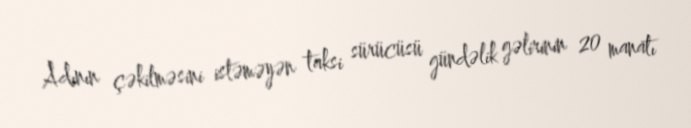
Adının çəkilməsini istəməyən taksi sürücüsü gündəlik gəlirinin 20 manatı